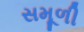
સમૂળી